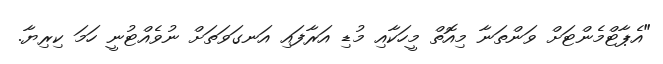
"އެޕާޓްމެންޓަށް ވަންތަނާ މިއޮތް މީހަކާއި މުޑި އަރާފައި އަނގަވަތަށް ނުވެއްޓުނީ ހަމަ ކިރިޔާ.